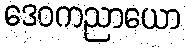
ဒေဝကညာယော